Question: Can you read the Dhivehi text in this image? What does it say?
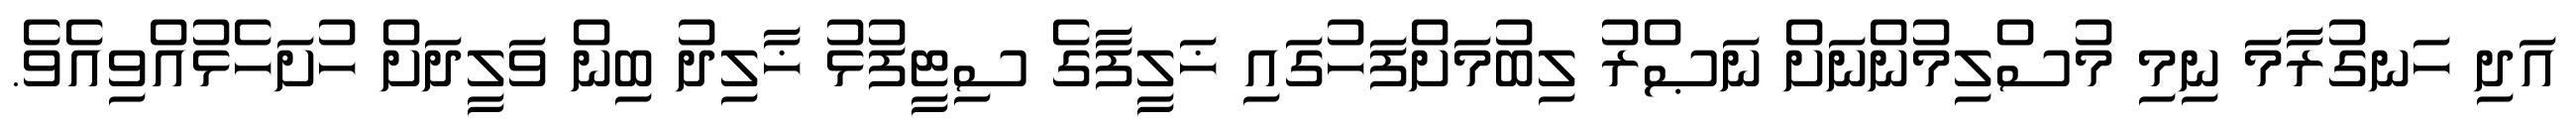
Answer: އަދި ހަނގުރާމަ ނިމި މުސްލިމުންނަށް ނަޞްރު ލިބުމަށްފަހުގައި ޚަލީފާގެ ސިޓީފުޅު ޚާލިދު ބިން ވަލީދަށް ހުށަހެޅުއްވިއެވެ.